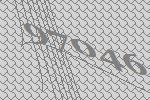
97046